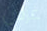
غزلان